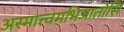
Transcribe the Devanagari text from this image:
अस्मात्त्वमभिजातोसि